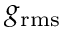
g _ { \mathrm { r m s } }